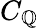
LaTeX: C_{\mathbb{Q}}